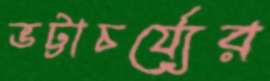
ভট্টাচর্য্যের